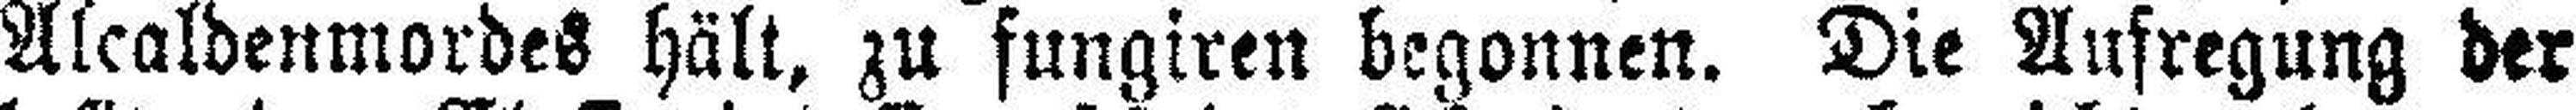
Alcaldenmordes hält, zu fungiren begonnen. Die Aufregung der